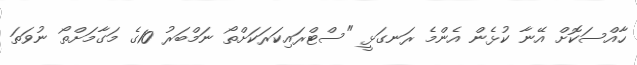
ހާއްސަކޮށް އޭނާ ކުޅެން އެންމެ ރަނގަޅީ "ސްޓްރައިކަރަކަށްތޯ ނަމްބަރު 10ގެ މަގާމަށްތޯ ނުވަތަ